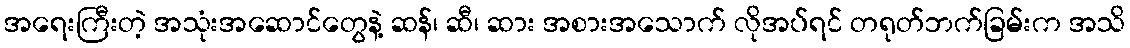
အရေးကြီးတဲ့ အသုံးအဆောင်တွေနဲ့ ဆန်၊ ဆီ၊ ဆား အစားအသောက် လိုအပ်ရင် တရုတ်ဘက်ခြမ်းက အသိ